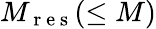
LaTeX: M_{\mathrm{~r~e~s~}}(\leq M)